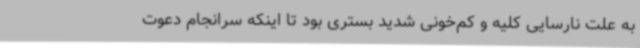
به علت نارسایی کلیه و کم‌خونی شدید بستری بود تا اینکه سرانجام دعوت